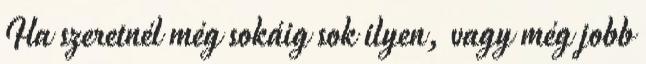
Ha szeretnél még sokáig sok ilyen, vagy még jobb